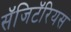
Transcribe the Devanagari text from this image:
सॅजिटॅरियस